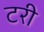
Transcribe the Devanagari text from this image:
टरी